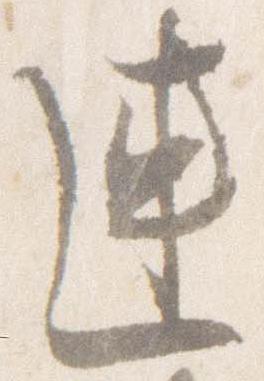
連